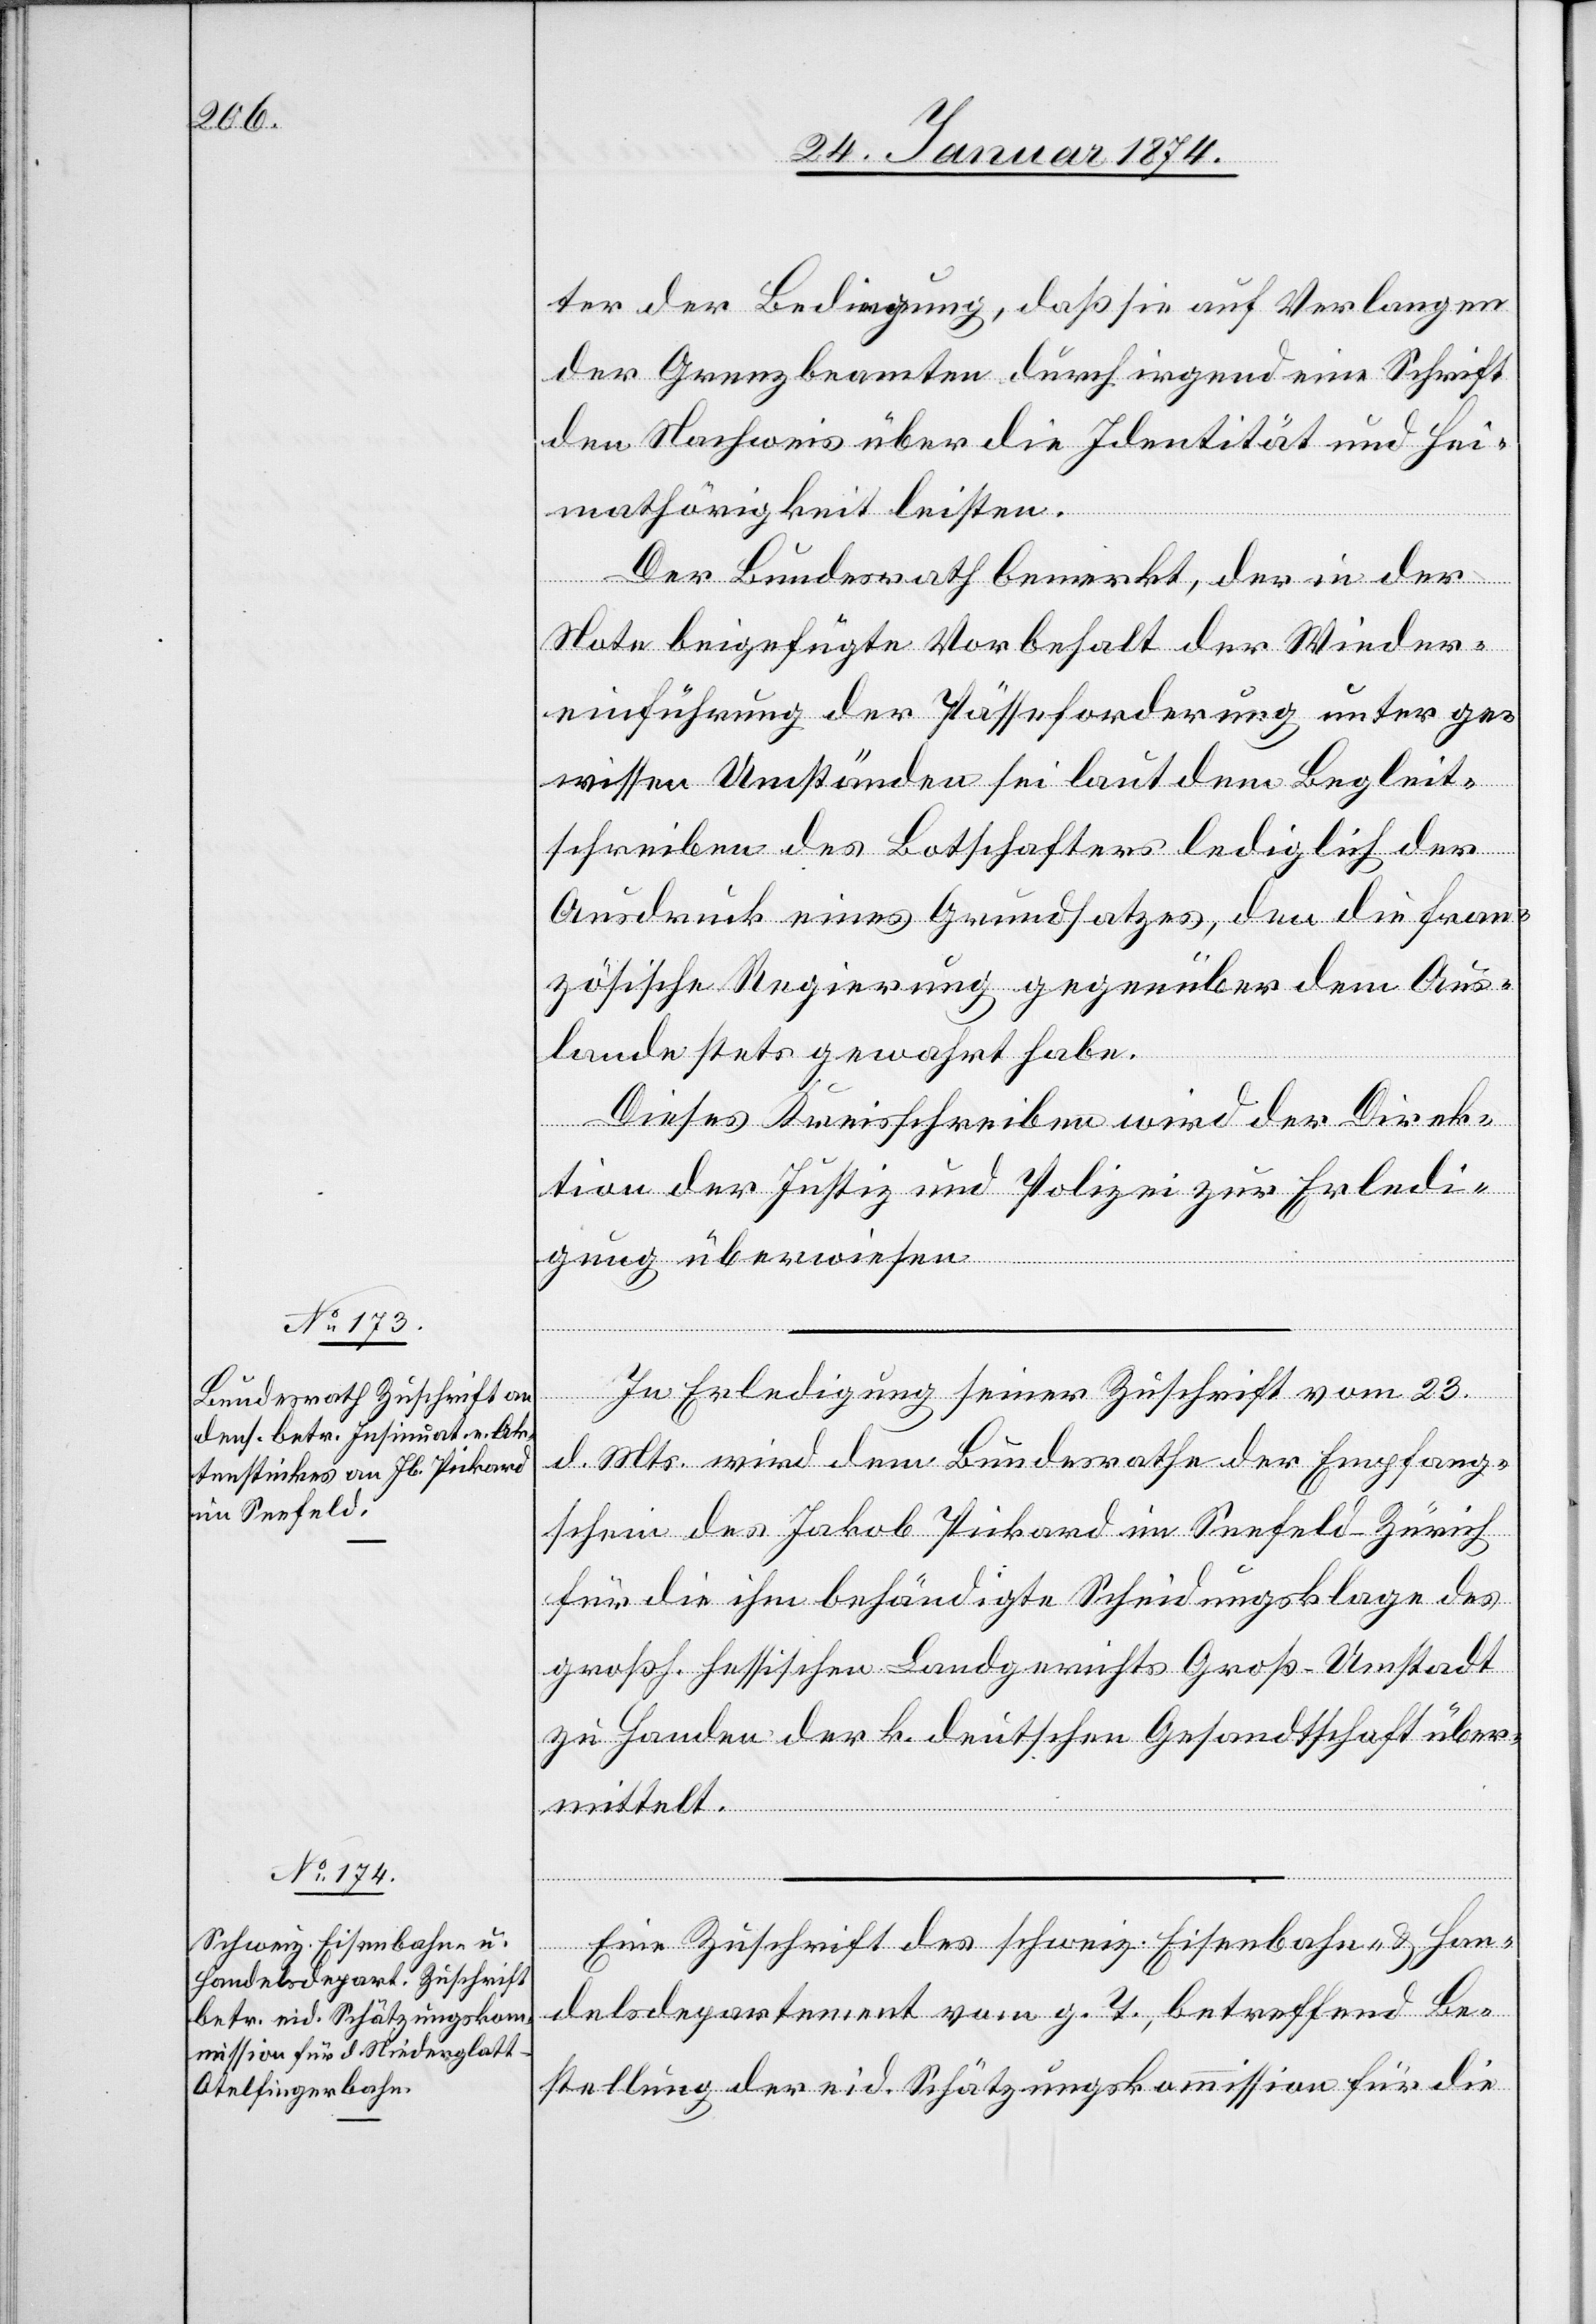
30. Januar 1874.]
ter der Bedingung, daß sie auf Verlangen
der Grenzbeamten durch irgend eine Schrift
den Nachweis über die Identität und Hei¬
mathörigkeit leisten.
Der Bundesrath bemerkt, der in der
Note beigefügte Vorbehalt der Wieder¬
einführung der Pässeforderung unter ge¬
wissen Umständen sei laut dem Begleit¬
schreiben des Botschafters lediglich der
Ausdruck eines Grundsatzes, den die fran¬
zösische Regierung gegenüber dem Aus¬
lande stets gewahrt habe.
Dieses Kreisschreiben wird der Direk¬
tion der Justiz und Polizei zur Erledi¬
gung überwiesen.
In Erledigung seiner Zuschrift vom 23.
d. Mts. wird dem Bundesrathe der Empfang¬
schein des Jakob Pickard im Seefeld - Zürich
für die ihm behändigte Scheidungsklage des
großh. hessischen Landgerichts Groß-Umstadt
zu Handen der k. deutschen Gesandtschaft über¬
mittelt.
Eine Zuschrift des schweiz. Eisenbahn- & Han¬
delsdepartement vom g. T., betreffend Be¬
stellung der eid. Schätzungskommission für die